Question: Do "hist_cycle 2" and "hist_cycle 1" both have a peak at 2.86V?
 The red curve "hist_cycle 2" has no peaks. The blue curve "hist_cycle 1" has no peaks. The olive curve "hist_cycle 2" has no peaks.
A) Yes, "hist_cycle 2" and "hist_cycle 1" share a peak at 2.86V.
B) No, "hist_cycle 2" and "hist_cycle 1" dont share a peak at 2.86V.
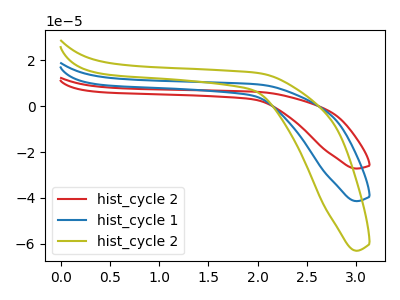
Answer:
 <answer>B) No, "hist_cycle 2" and "hist_cycle 1" dont share a peak at 2.86V.</answer>
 <eval>B</eval>